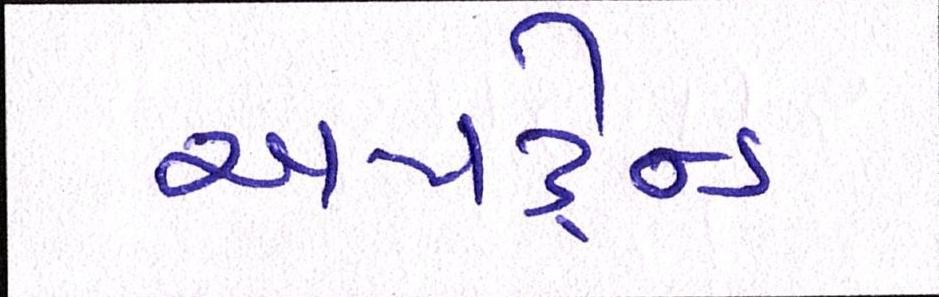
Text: અપટ્રેન્ડ